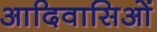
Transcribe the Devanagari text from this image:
आदिवासिओं